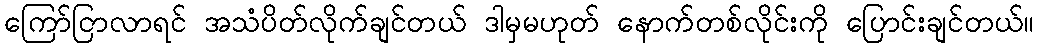
ကြော်ငြာလာရင် အသံပိတ်လိုက်ချင်တယ် ဒါမှမဟုတ် နောက်တစ်လိုင်းကို ပြောင်းချင်တယ်။